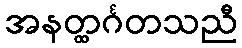
အနတ္ထင်္ဂတသညီ